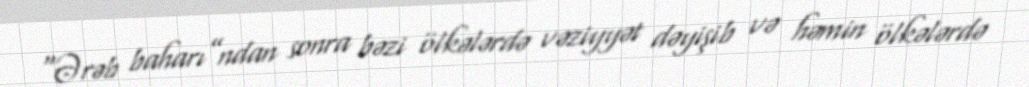
“Ərəb baharı”ndan sonra bəzi ölkələrdə vəziyyət dəyişib və həmin ölkələrdə